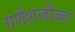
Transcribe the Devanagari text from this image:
गणेशजीका